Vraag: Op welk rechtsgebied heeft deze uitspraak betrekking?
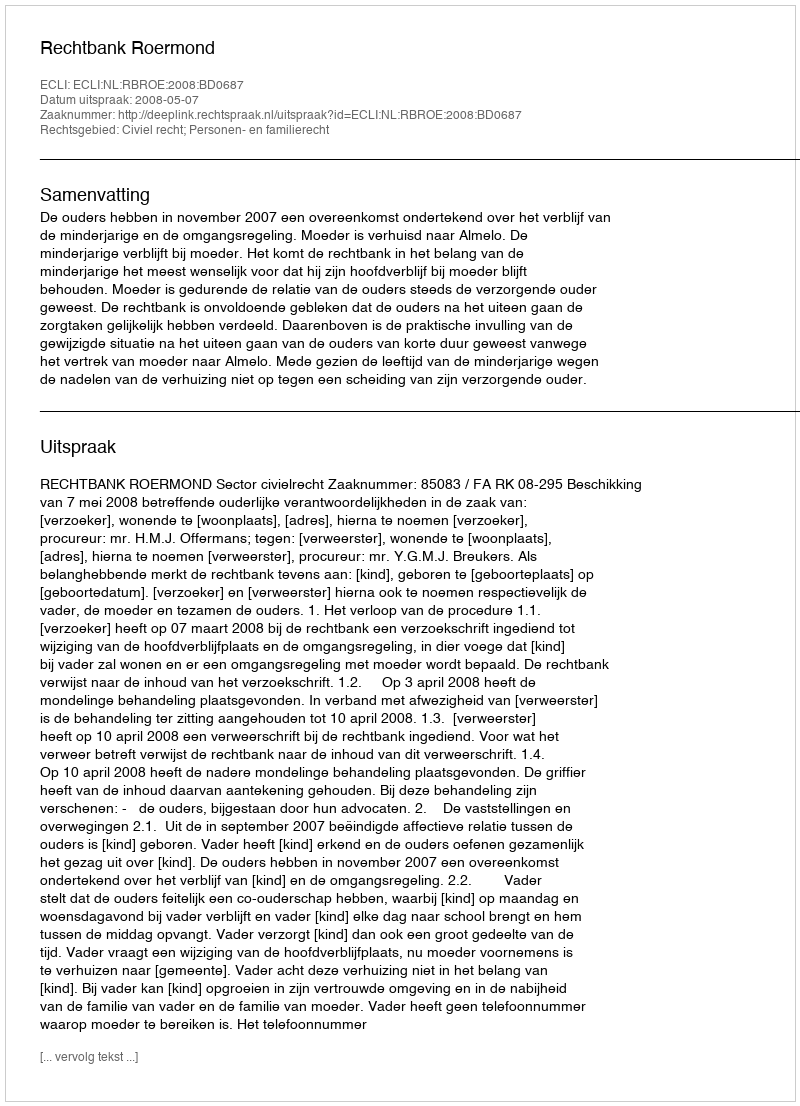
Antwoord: Civiel recht; Personen- en familierecht